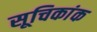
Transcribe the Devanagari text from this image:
सूचिकांक